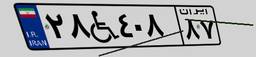
۲۸W۴۰۸۸۷